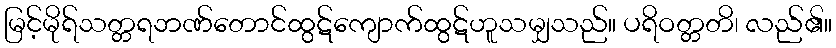
မြင့်မိုရ်သတ္တရဘဏ်တောင်ထွဋ်ကျောက်ထွဋ်ဟူသမျှသည်။ ပရိဝတ္တတိ၊ လည်၏။